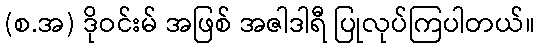
(စ.အ) ဒိုဝင်းမ် အဖြစ် အဇါဒါရီ ပြုလုပ်ကြပါတယ်။